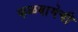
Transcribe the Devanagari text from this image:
फळबागेची